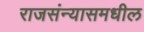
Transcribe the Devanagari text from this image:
राजसंन्यासमधील